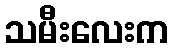
သမီးလေးက